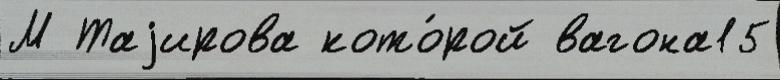
М Таjирова кото́рой вагона15